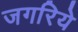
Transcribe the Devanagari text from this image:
जगरिये